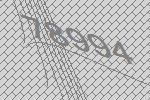
78994